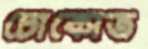
চোকোত